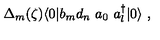
\Delta _ { m } ( \zeta ) \langle 0 | b _ { m } d _ { n } \ a _ { 0 } \ a _ { l } ^ { \dag } | 0 \rangle \ ,